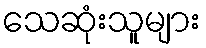
သေဆုံးသူများ